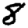
Digit: 8